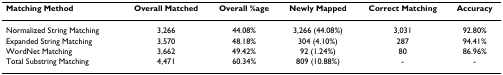
<table><thead><tr><td><b>Matching Method</b></td><td><b>Overall Matched</b></td><td><b>Overall %age</b></td><td><b>Newly Mapped</b></td><td><b>Correct Matching</b></td><td><b>Accuracy</b></td></tr></thead><tbody><tr><td>Normalized String Matching</td><td>3,266</td><td>44.08%</td><td>3,266 (44.08%)</td><td>3,031</td><td>92.80%</td></tr><tr><td>Expanded String Matching</td><td>3,570</td><td>48.18%</td><td>304 (4.10%)</td><td>287</td><td>94.41%</td></tr><tr><td>WordNet Matching</td><td>3,662</td><td>49.42%</td><td>92 (1.24%)</td><td>80</td><td>86.96%</td></tr><tr><td>Total Substring Matching</td><td>4,471</td><td>60.34%</td><td>809 (10.88%)</td><td>-</td><td>-</td></tr></tbody></table>